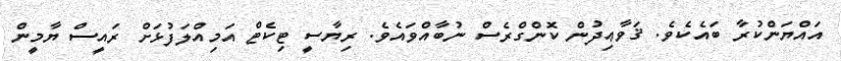
އައްޔަންކުރާ ބައެކެވެ. ޤަވާޢިދުން ކޮންގްރެސް ނުބާއްވައެވެ. ރިޔާސީ ޓިކެޓް އަމިއްލަފުޅަށް ރައީސް ޔާމީން